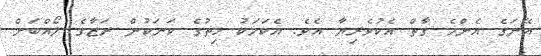
އޭނަގެ އެންމެ ގާތް އެކުވެރިޔާ އެވެ. އެކަމަކު ހިތުގެ ކަނަކުން ރަޒާގެ ލޯއްބަށް